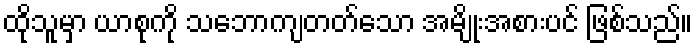
ထိုသူမှာ ယာစုကို သဘောကျတတ်သော အမျိုးအစားပင် ဖြစ်သည်။